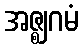
အဇ္ဈဂမံ